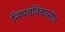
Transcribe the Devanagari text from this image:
नियतविकासीय